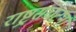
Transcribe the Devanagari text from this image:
राष्ट्रसंघटना